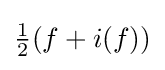
{\tfrac {1}{2}}(f+i(f))